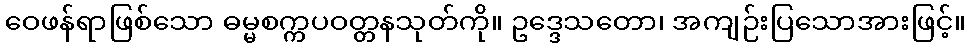
ဝေဖန်ရာဖြစ်သော ဓမ္မစက္ကပဝတ္တနသုတ်ကို။ ဥဒ္ဒေသတော၊ အကျဉ်းပြသောအားဖြင့်။